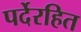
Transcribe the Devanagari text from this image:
पर्देरहित